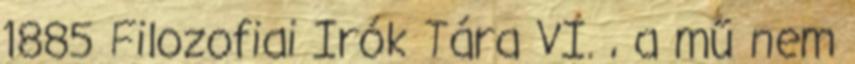
1885 Filozofiai Irók Tára VI. , a mű nem